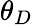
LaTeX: \theta_{D}